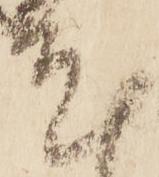
尤